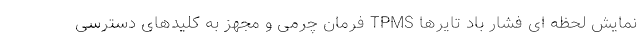
نمایش لحظه ای فشار باد تایرها TPMS فرمان چرمی و مجهز به کلیدهای دسترسی